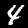
Label: 4